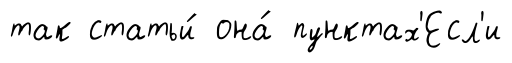
так статьи́ она́ пунктах'Есл'и